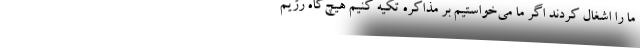
ما را اشغال کردند اگر ما می‌خواستیم بر مذاکره تکیه کنیم هیچ‌گاه رژیم